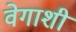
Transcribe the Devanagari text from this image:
वेगाशी